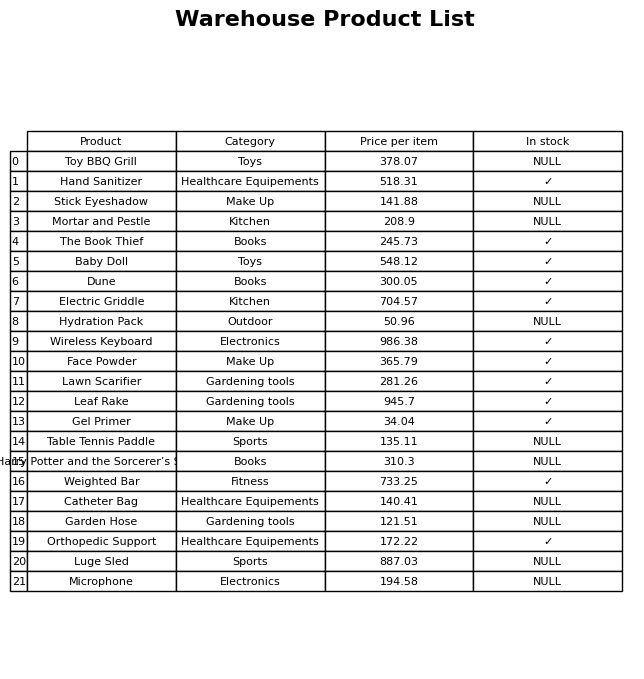
question: What is the price of the Lawn Scarifier?
answer: The price of Lawn Scarifier is 281.26.